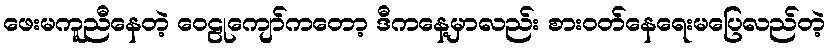
ဖေးမကူညီနေတဲ့ ဝေဠုကျော်ကတော့ ဒီကနေ့မှာလည်း စားဝတ်နေရေးမပြေလည်တဲ့